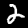
Digit: 2